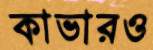
কাভারও